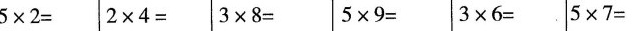
$$5 \times 2= $$ $$2 \times 4= $$ $$3 \times 8 =$$ $$5 \times 9 = $$ $$3 \times 6 = $$ $$5 \times 7 =$$